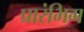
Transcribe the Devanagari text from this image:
प्रारंभिग